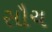
સૌચ